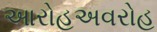
આરોહઅવરોહ